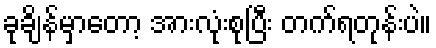
ခုချိန်မှာတော့ အားလုံးစုပြီး တက်ရတုန်းပဲ။